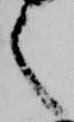
之